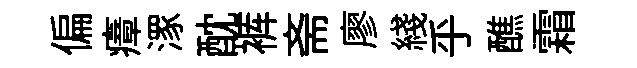
偏瘴潈酖裤斋廖綫乎醮霜